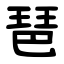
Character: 琶